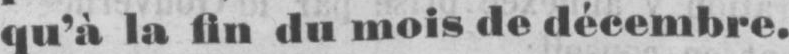
qu’à la fin du mois de décembre.